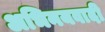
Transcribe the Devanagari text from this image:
अभिनयवादी